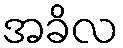
အခိလ